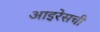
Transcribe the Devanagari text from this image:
आइरेसची